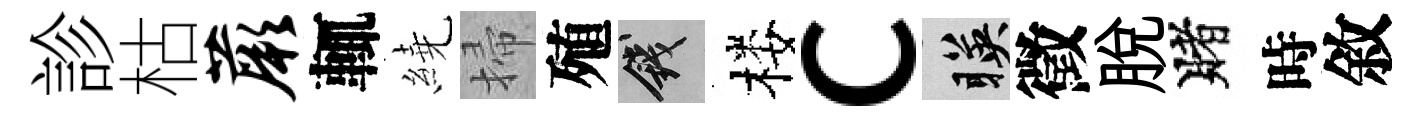
診枯蕨輒繞掃殖錢楼c暎徵脫賭時敘